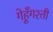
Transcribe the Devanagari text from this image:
गेहूँगश्ती